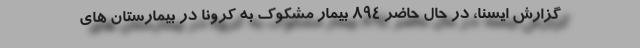
گزارش ایسنا، در حال حاضر ۸۹۴ بیمار مشکوک به کرونا در بیمارستان های